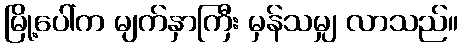
မြို့ပေါ်က မျက်နှာကြီး မှန်သမျှ လာသည်။